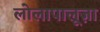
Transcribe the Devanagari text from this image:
लोलापालूज़ा